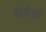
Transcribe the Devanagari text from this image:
धर्षक